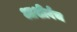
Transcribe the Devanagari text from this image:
आशीर्वच